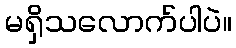
မရှိသလောက်ပါပဲ။